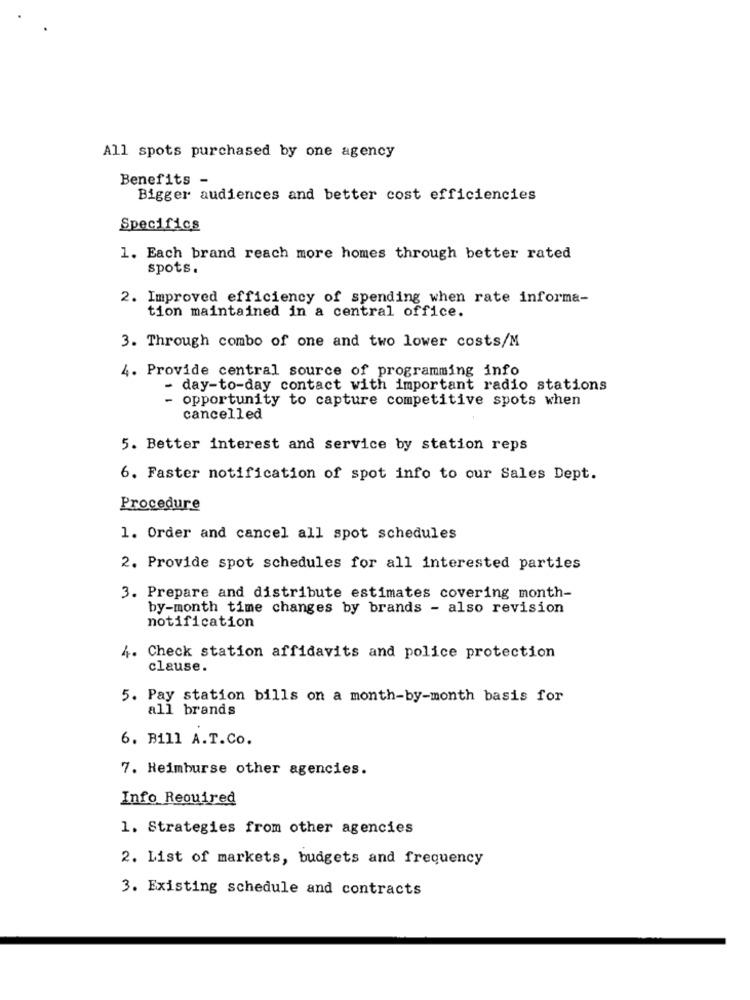
All spots purchased by one agency
Benefits -
Bigger audiences and better cost efficiencies
Specifics
1. Each brand reach more homes through better rated
spots.
2. Improved efficiency of spending when rate informa-
tion maintained in a central office.
3. Through combo of one and two lower costs/M
4. Provide central source of programming info
- day-to-day contact with important radio stations
- opportunity to capture competitive spots when
cancelled
5. Better interest and service by station reps
6. Faster notification of spot info to our Sales Dept.
Procedure
1. Order and cancel all spot schedules
2. Provide spot schedules for all interested parties
3. Prepare and distribute estimates covering month-
by-month time changes by brands - also revision
notification
4. Check station affidavits and police protection
clause.
5. Pay station bills on a month-by-month basis for
all brands
6. Bill A.T.Co.
7. Reimburse other agencies.
Info Required
1. Strategies from other agencies
2. List of markets, budgets and frequency
3. Existing schedule and contracts